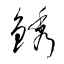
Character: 銹